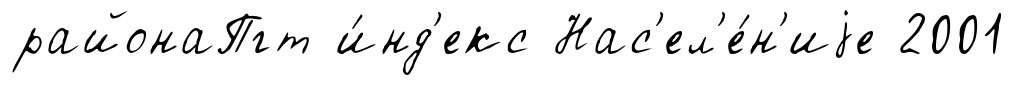
районаПгт и́нд'екс Нас'ел'е́н'иjе 2001